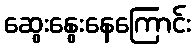
ဆွေးနွေးနေကြောင်း